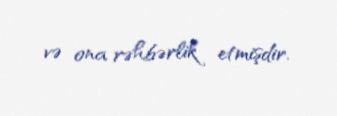
və ona rəhbərlik etmişdir.